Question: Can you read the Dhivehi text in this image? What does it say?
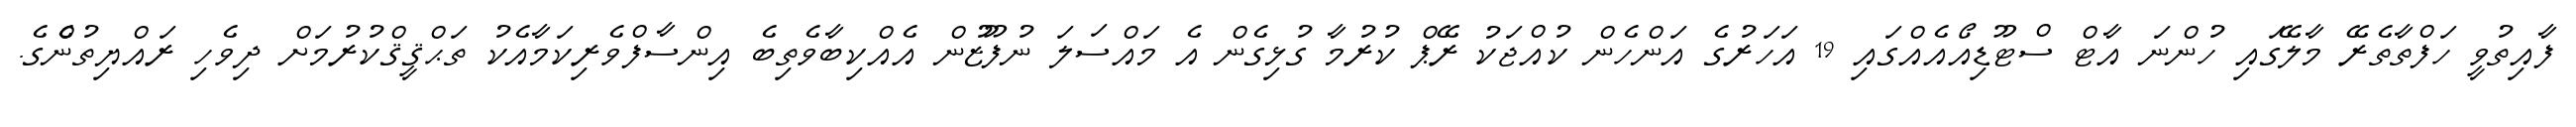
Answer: ފާއިތުވީ ހަފްތާތެރޭ މާލޭގައި ހުންނަ އާޓް ސްޓޫޑިއޯއެއްގައި 19 އަހަރުގެ އަންހެން ކުއްޖަކު ރޭޕް ކުރުމާ ގުޅިގެން އެ މައްސަލަ ނުފޫޒުން އެއްކިބާވެތިބެ އިންސާފްވެރިކަމާއެކު ތަޙްޤީޤްކުރުމަށް ދިވެހި ރައްޔިތުންެގެ.